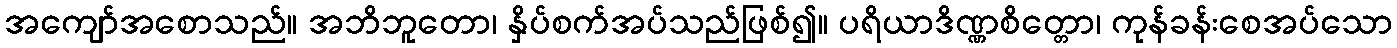
အကျော်အစောသည်။ အဘိဘူတော၊ နှိပ်စက်အပ်သည်ဖြစ်၍။ ပရိယာဒိဏ္ဏစိတ္တော၊ ကုန်ခန်းစေအပ်သော